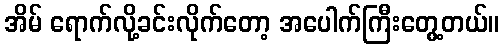
အိမ် ရောက်လို့ခင်းလိုက်တော့ အပေါက်ကြီးတွေ့တယ်။